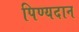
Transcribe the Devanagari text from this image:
पिण्यदान